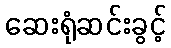
ဆေးရုံဆင်းခွင့်